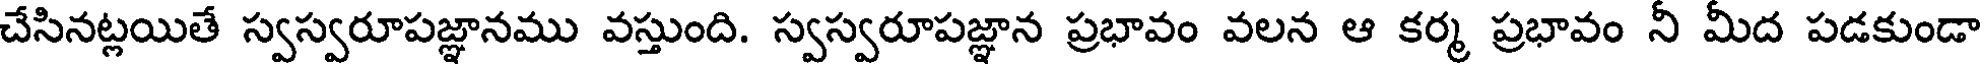
చేసినట్లయితే స్వస్వరూపజ్ఞానము వస్తుంది. స్వస్వరూపజ్ఞాన ప్రభావం వలన ఆ కర్మ ప్రభావం నీ మీద పడకుండా